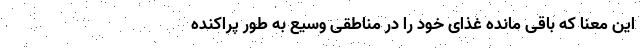
این معنا که باقی‌ مانده غذای خود را در مناطقی وسیع به طور پراکنده